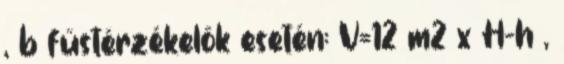
, b füstérzékelõk esetén: V=12 m2 x H-h ,